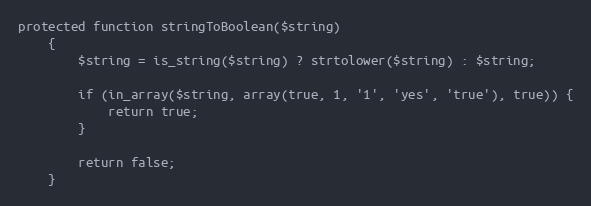
Language: PHP
protected function stringToBoolean($string)
    {
        $string = is_string($string) ? strtolower($string) : $string;

        if (in_array($string, array(true, 1, '1', 'yes', 'true'), true)) {
            return true;
        }

        return false;
    }